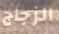
الزجاج